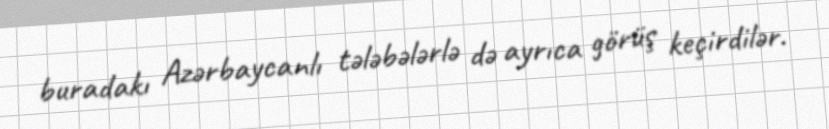
buradakı Azərbaycanlı tələbələrlə də ayrıca görüş keçirdilər.